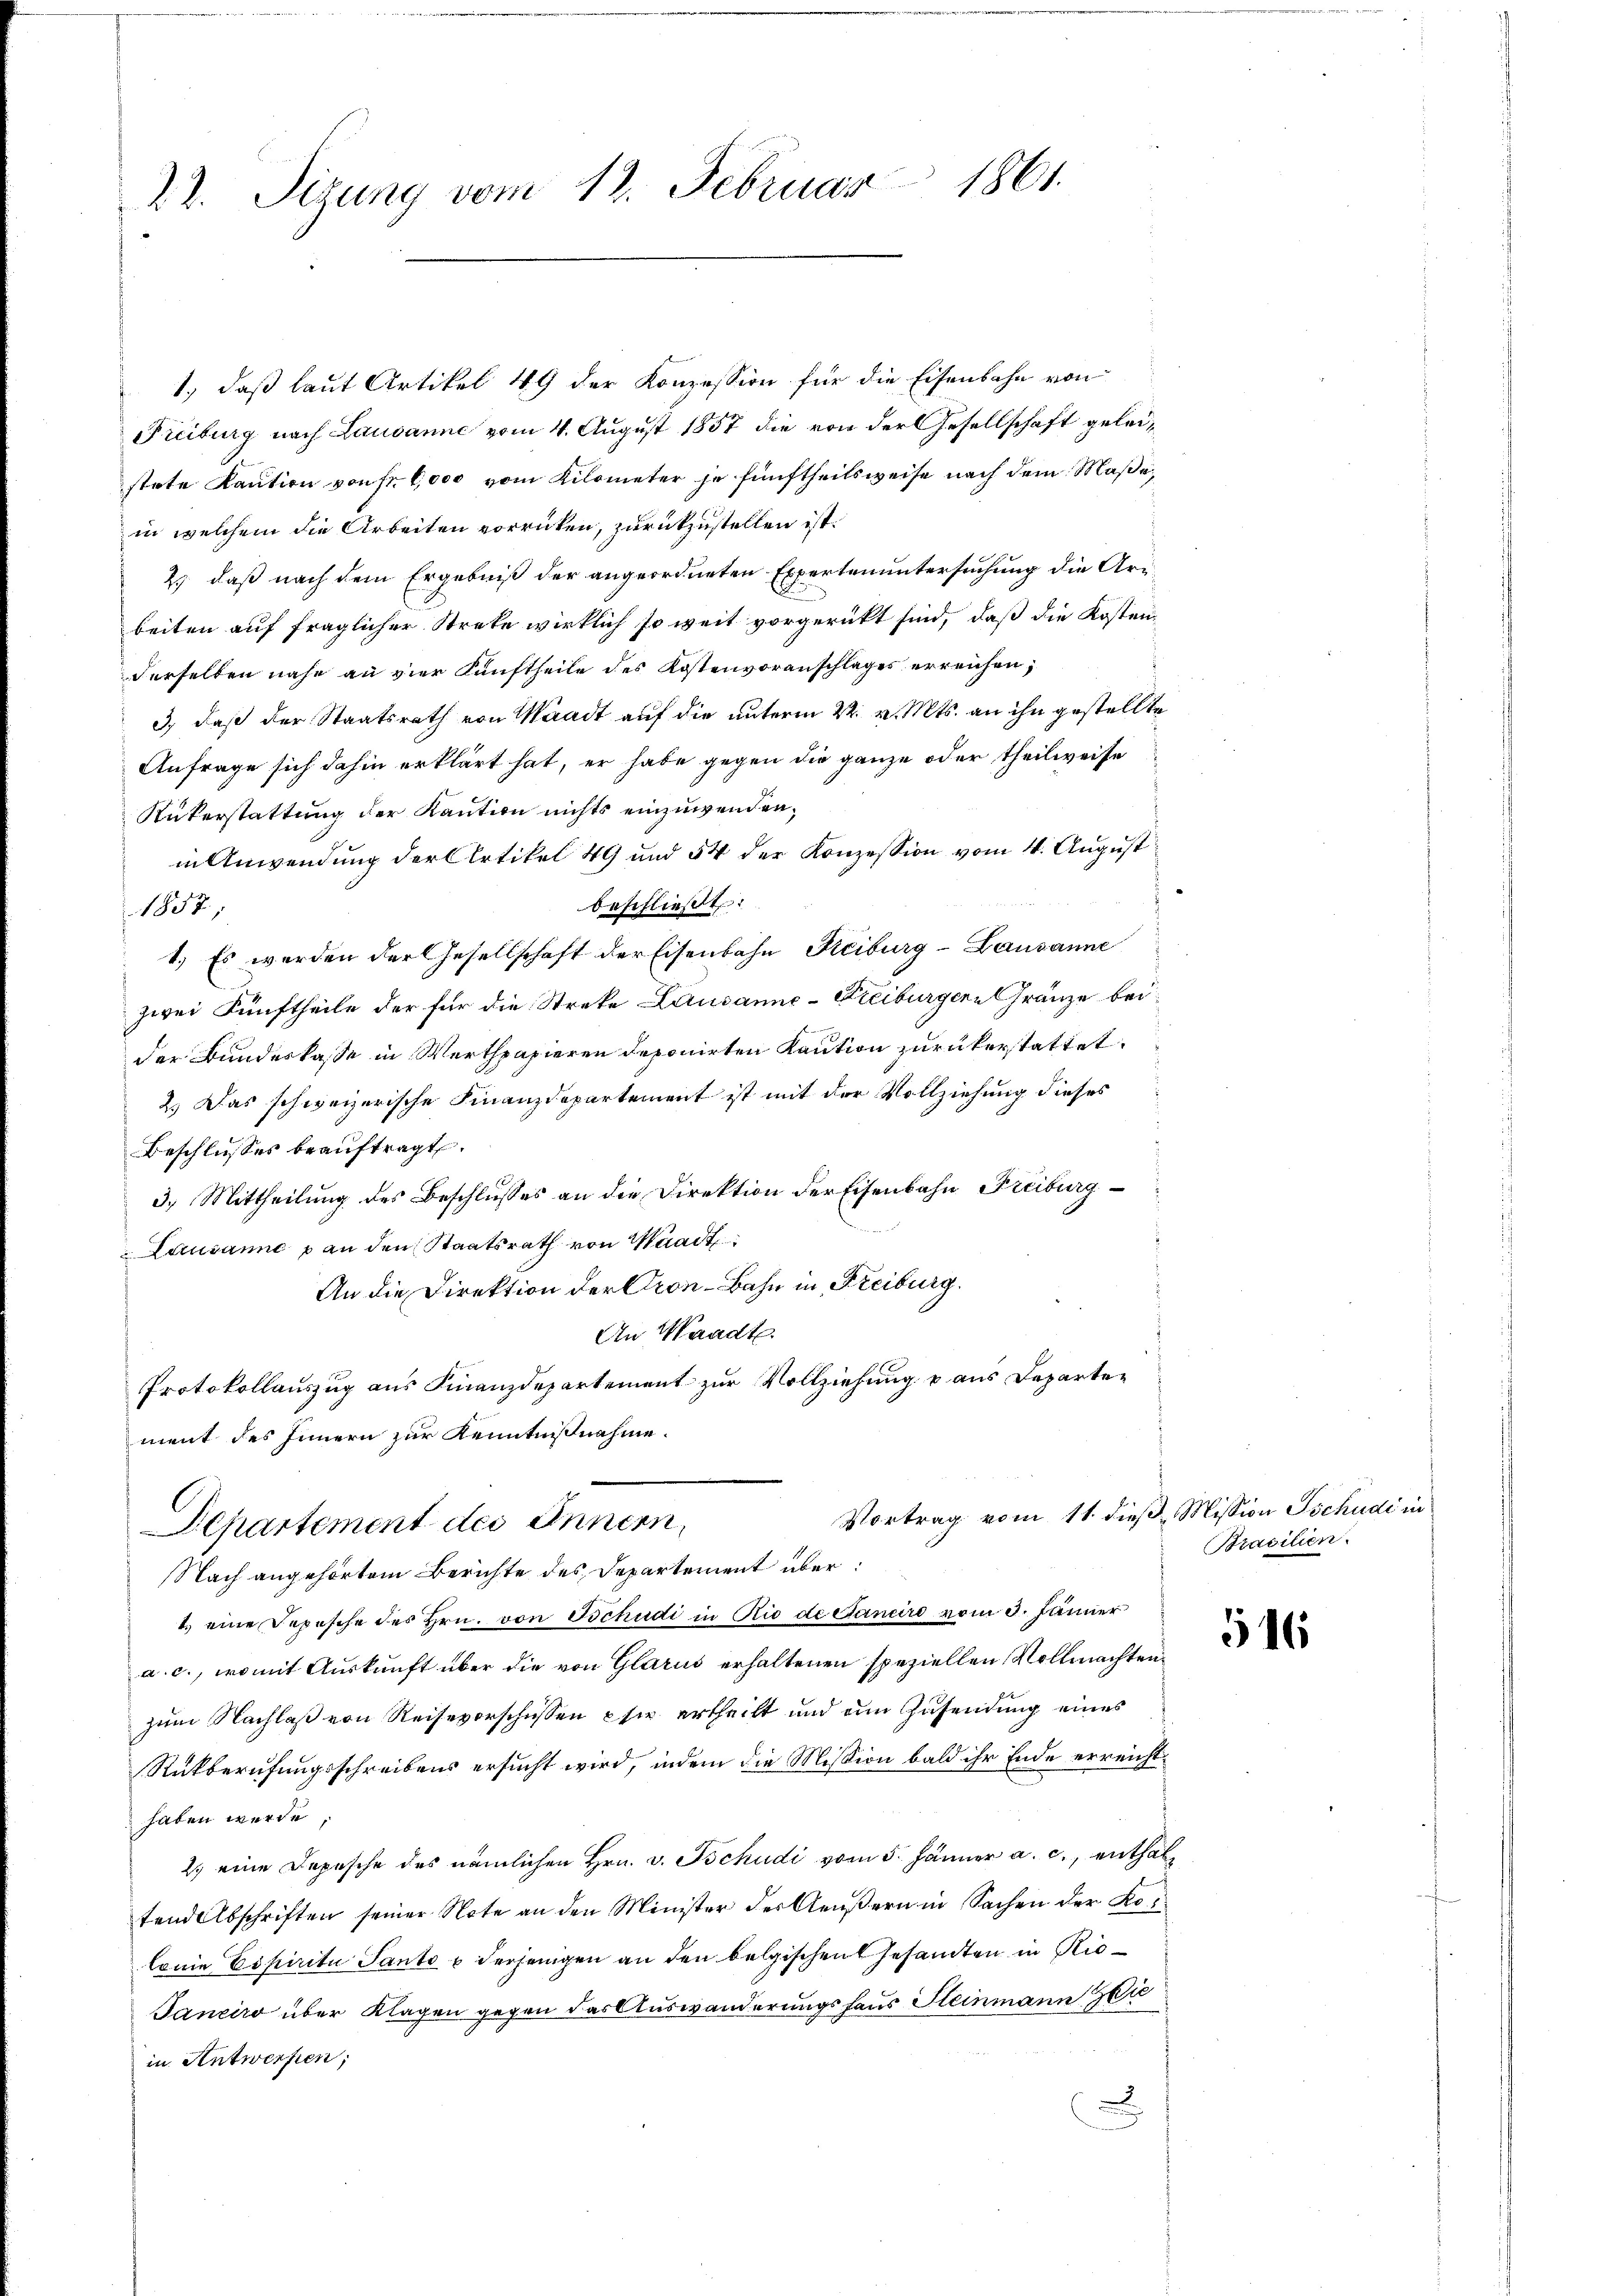
22. Sizung vom 12. Februar 1861.

1., daß laut Artikel 49 der Konzession für die Eisenbahn von
Freiburg nach Lausanne vom 4. August 1857 die von der Gesellschaft geleistete Kaution von Fr. 6,000 vom Kilometer je fünftheilsweise nach dem Maße,
in welchem die Arbeiten vorrücken, zurückzustellen ist.
2) daß nach dem Ergebniß der angeordneten Expertenuntersuchung die Arbeiten auf fraglicher Strete wirklich so weit vorgerückt sind, daß die Kosten
derselben nahe an vier Kauftheile des Kostenvoranschlages erreichen,
3), daß der Staatsrath von Waadt auf die unterm 22. v. Mts. an ihn gestellte
Anfrage sich dahin erklärt hat, er habe gegen die ganze oder theilweise
Rükerstattung der Kaution nichts einzuwenden,
in Anwendung der Artikel 49 und 54 der Konzession vom 4. August
beschließt:
1857;
1.) Es werden der Gesellschaft der Eisenbahn Reiburg-Lausanne
zwei Fünftheile der für die Streke Lausanne-Freiburgern Gränze beider Bundeskasse in Werthpapieren deponirten Kaution zurükerstattet.
2.) Das schweizerische Finanzdepartement ist mit der Vollziehung dieses
Beschlusses beaŭftragt.
3.) Mittheilung des Beschlusses an die Direktion der Eisenbahn Freiburg
Lausanne p an den Staatsrath von Waadt
An die Direktion der Pron-Bahn in Freiburg.
An Waadt
f
Protokollauszug aus Finanzdepartement zur Vollziehung u aus Departement des Innern zur Kenntnißnahme.

Vortrag vom 11. dieß, Mission Tschudi in
Departement des Innern,
Nach angehörtem Berichte des Departement über¬

2.) eine Depesche des Hrn. von Tschudi in Rio de Cancire vom 3. Jänner
a. c., womit Auskunft über die von Glarus erhaltenen speziellen Vollmachten
zum Nachlaß von Reisevorschüssen sie ertheilt und am Zusendung eines
Rückberufungsschreibens ersucht wird, indem die Mission bald ihr Ende erreichthaben werde,
2. eine Depesche des nämlichen Hrn. v. Tschudi vom 5. Jänner a. c., enthaltend Abschriften seiner Note an den Minister der Aeußern in Sachen der Ko¬
Conin Espiritu Panto e derjenigen an den belgischen Gesandten in Rie¬
Janeiro über Klagen gegen das Auswanderungshaus Steinmann Gei
in Antwerfen;

Brasilien.

16